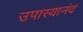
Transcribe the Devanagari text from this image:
उपास्यानंद